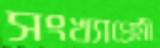
সংখ্যাপ্রেমী